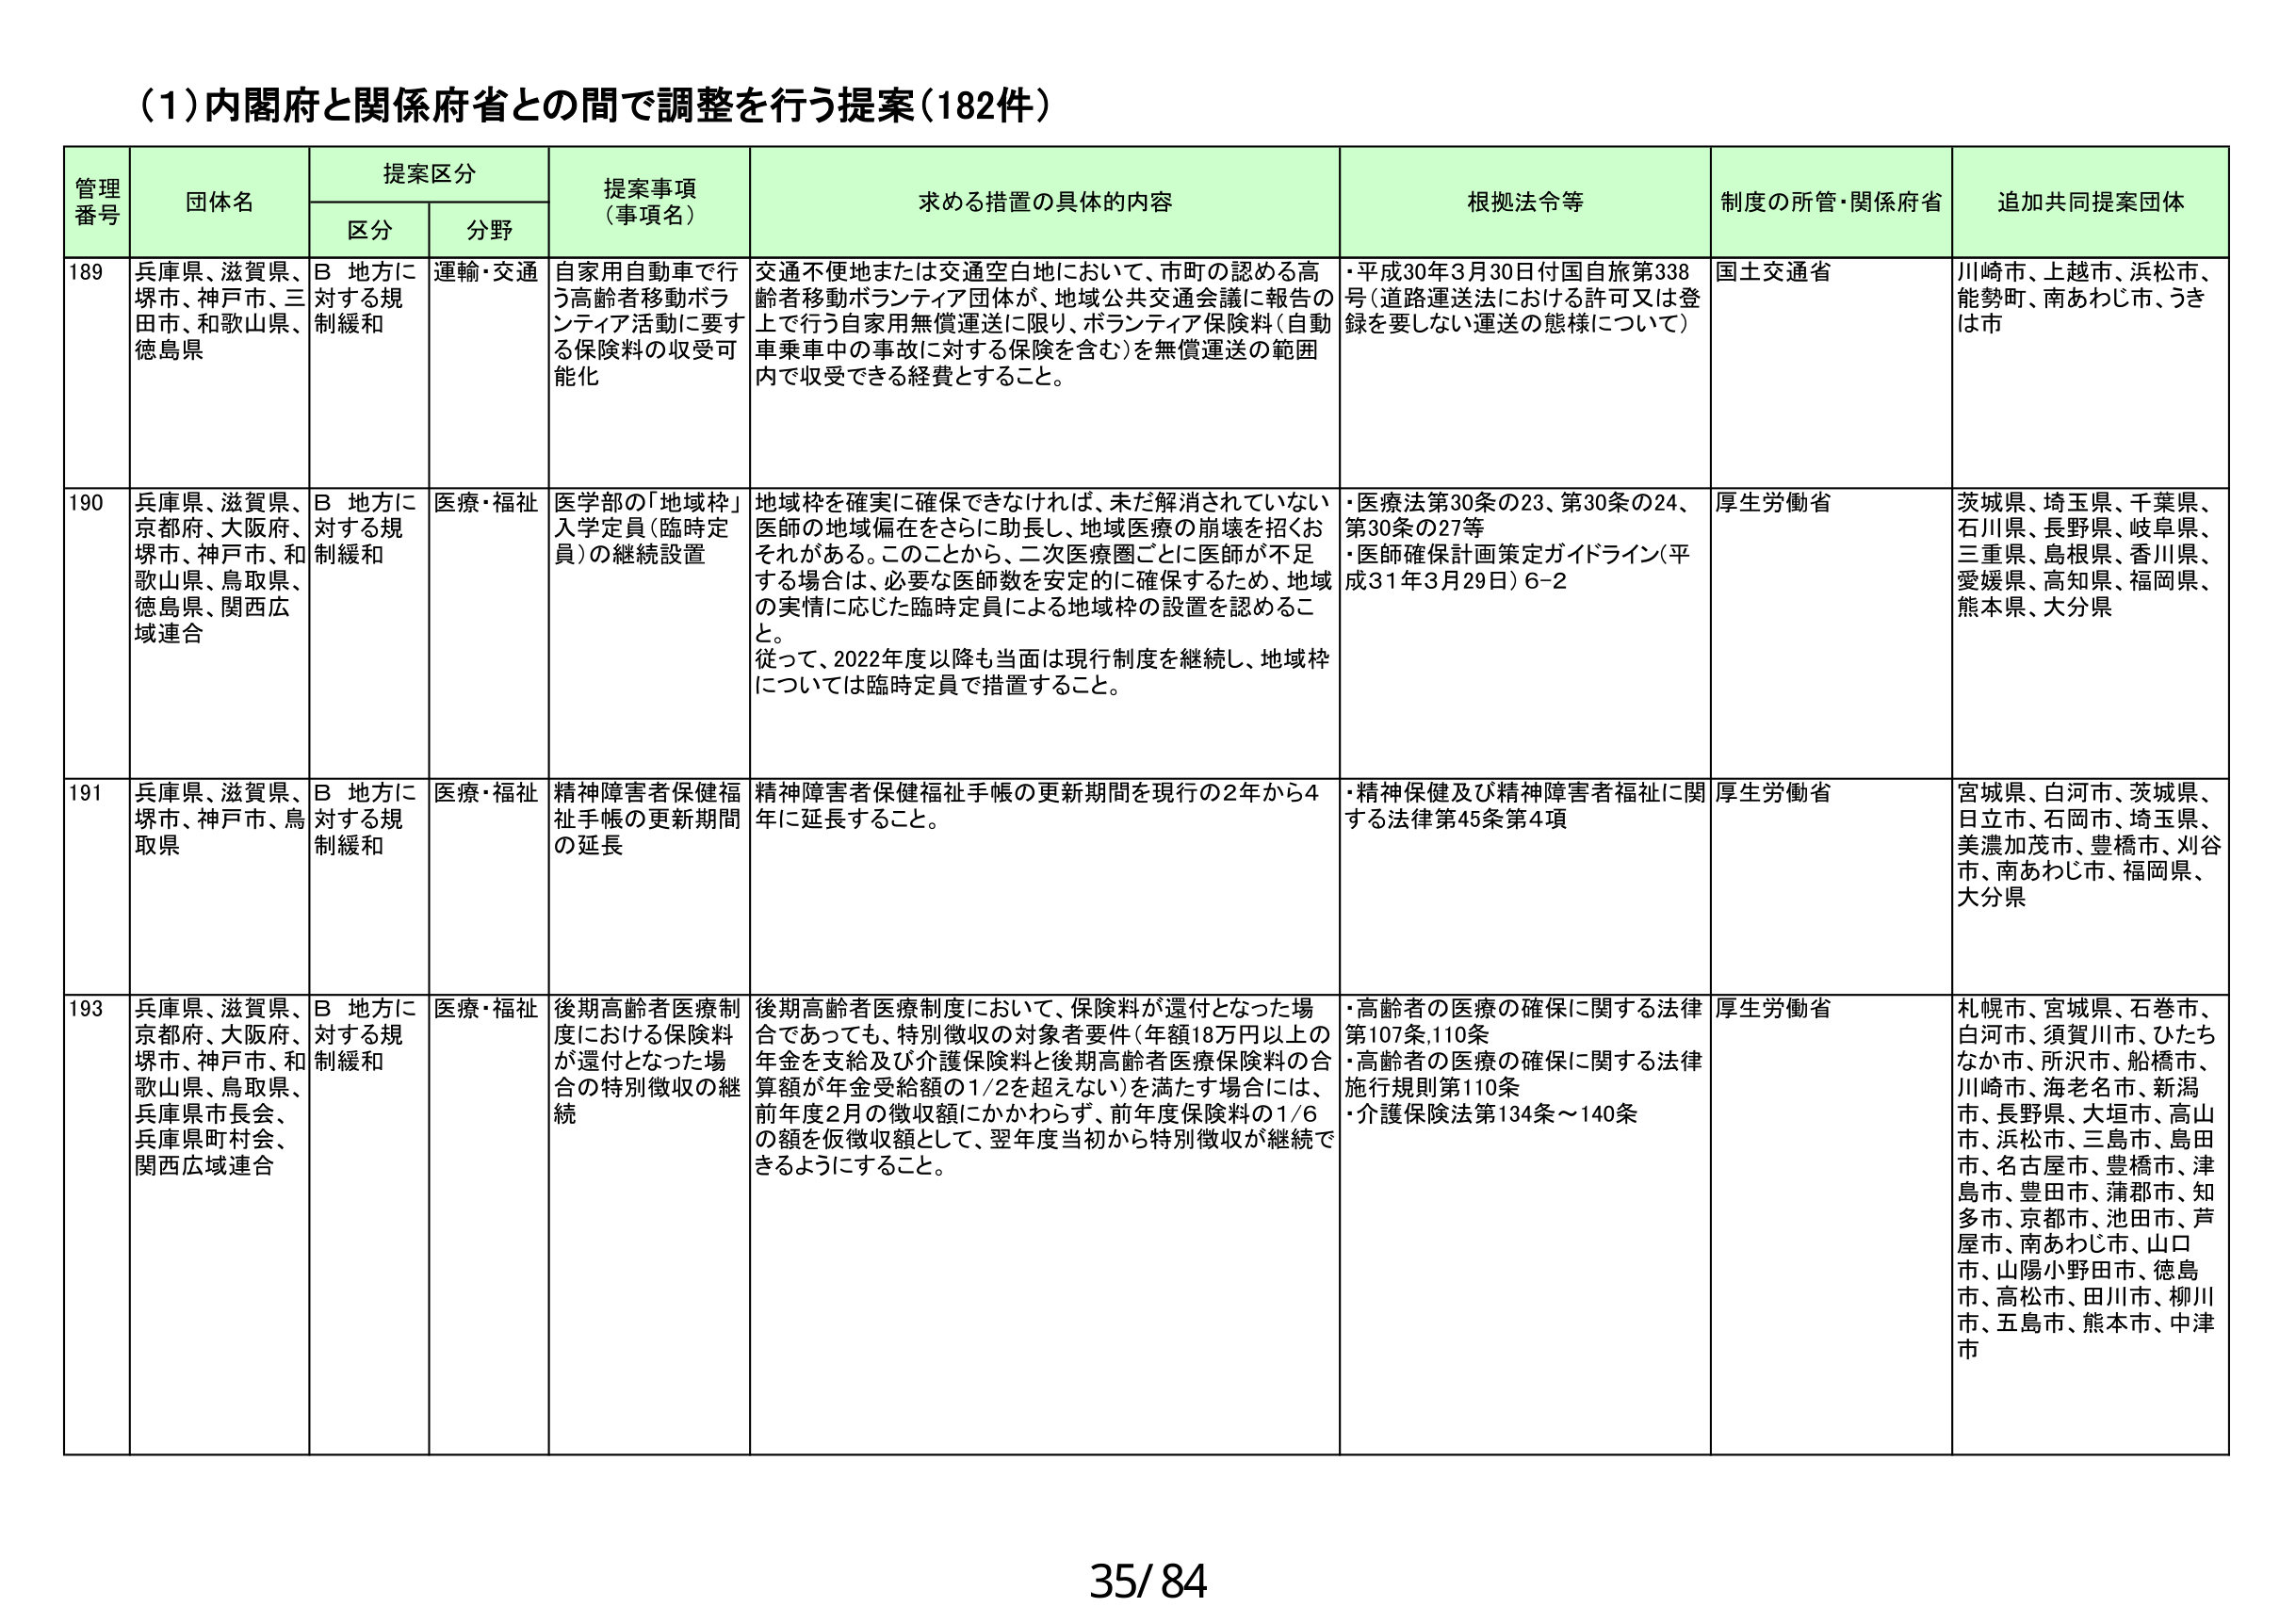
(1)内閣府と関係府省との間で調整を行う提案(182件)

管理番号	団体名	提案区分	提案事項（事項名）	求める措置の具体的内容	根拠法令等	制度の所管・関係府省	追加共同提案団体
		区分	分野
189	兵庫県、滋賀県、堺市、神戸市、三田市、和歌山県、徳島県	B 地方に対する規制緩和	運輸・交通	自家用自動車で行う高齢者移動ボランティア活動に要する保険料の収受可能化	交通不便地または交通空白地において、市町の認める高齢者移動ボランティア団体が、地域公共交通会議に報告の上で行う自家用無償運送に限り、ボランティア保険料（自動車乗車中の事故に対する保険を含む）を無償運送の範囲内で収受できる経費とすること。	・平成30年3月30日付国自旅第338号（道路運送法における許可又は登録を要しない運送の態様について）	国土交通省	川崎市、上越市、浜松市、能勢町、南あわじ市、うきは市
190	兵庫県、滋賀県、京都府、大阪府、堺市、神戸市、和歌山県、鳥取県、徳島県、関西広域連合	B 地方に対する規制緩和	医療・福祉	医学部の「地域枠」入学定員（臨時定員）の継続設置	地域枠を確実に確保できなければ、未だ解消されていない医師の地域偏在をさらに助長し、地域医療の崩壊を招くおそれがある。このことから、二次医療圏ごとに医師が不足する場合は、必要な医師数を安定的に確保するため、地域の実情に応じた臨時定員による地域枠の設置を認めるこ と。 従って、2022年度以降も当面は現行制度を継続し、地域枠については臨時定員で措置すること。	・医療法第30条の23、第30条の24、第30条の27等 ・医師確保計画策定ガイドライン（平成31年3月29日）6-2	厚生労働省	茨城県、埼玉県、千葉県、石川県、長野県、岐阜県、三重県、島根県、香川県、愛媛県、高知県、福岡県、熊本県、大分県
191	兵庫県、滋賀県、堺市、神戸市、鳥取県	B 地方に対する規制緩和	医療・福祉	精神障害者保健福祉手帳の更新期間の延長	精神障害者保健福祉手帳の更新期間を現行の2年から4年に延長すること。	・精神保健及び精神障害者福祉に関する法律第45条第4項	厚生労働省	宮城県、白河市、茨城県、日立市、石岡市、埼玉県、美濃加茂市、豊橋市、刈谷市、南あわじ市、福岡県、大分県
193	兵庫県、滋賀県、京都府、大阪府、堺市、神戸市、和歌山県、鳥取県、兵庫県市長会、兵庫県町村会、関西広域連合	B 地方に対する規制緩和	医療・福祉	後期高齢者医療制度における保険料が還付となった場合の特別徴収の継続	後期高齢者医療制度において、保険料が還付となった場合であっても、特別徴収の対象者要件（年額18万円以上の年金を支給及び介護保険料と後期高齢者医療保険料の合算額が年金受給額の1/2を超えない）を満たす場合には、前年度2月の徴収額にかかわらず、前年度保険料の1/6の額を仮徴収額として、翌年度当初から特別徴収が継続できるようにすること。	・高齢者の医療の確保に関する法律第107条、110条 ・高齢者の医療の確保に関する法律施行規則第110条 ・介護保険法第134条～140条	厚生労働省	札幌市、宮城県、石巻市、白河市、須賀川市、ひたちなか市、所沢市、船橋市、川崎市、海老名市、新潟市、長野県、大垣市、高山市、浜松市、三島市、島田市、名古屋市、豊橋市、津島市、豊田市、蒲郡市、知多市、京都市、池田市、芦屋市、南あわじ市、山口市、山陽小野田市、徳島市、高松市、田川市、柳川市、五島市、熊本市、中津市

35/84